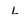
Character: L